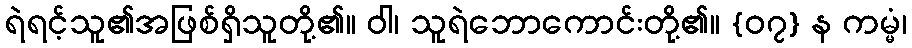
ရဲရင့်သူ၏အဖြစ်ရှိသူတို့၏။ ဝါ၊ သူရဲဘောကောင်းတို့၏။ {၀၇} န ကမ္မံ၊